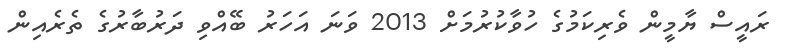
ރައީސް ޔާމީން ވެރިކަމުގެ ހުވާކުރުމަށް 2013 ވަނަ އަހަރު ބޭއްވި ދަރުބާރުގެ ތެރެއިން